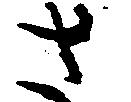
さ